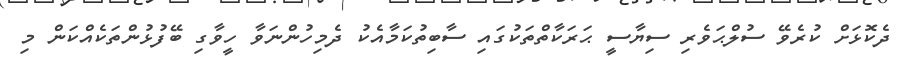
ދެކޮޅަށް ކުރެވޭ ސުލްޙަވެރި ސިޔާސީ ޙަރަކާތްތަކުގައި ސާބިތުކަމާއެކު ދެމިހުންނަވާ ހީވާގި ބޭފުޅުންތަކެއްކަން މި